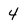
Character: 4